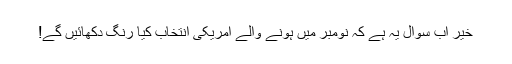
خیر اب سوال یہ ہے کہ نومبر میں ہونے والے امریکی انتخاب کیا رنگ دکھائیں گے!